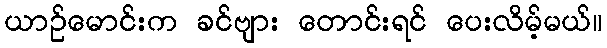
ယာဉ်မောင်းက ခင်ဗျား တောင်းရင် ပေးလိမ့်မယ်။